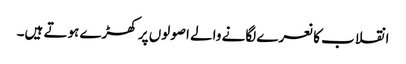
انقلاب کا نعرے لگانے والے اصولوں پر کھڑے ہوتے ہیں۔